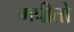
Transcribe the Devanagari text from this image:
गपीतो